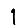
Digit: 1